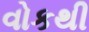
વોકથી